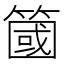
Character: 簂